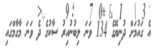
އެ ގައުމަށް ދުނިޔޭގެ 134 ވަނަ ލިބުނުއިރު ސާކުގެ ދެ ވަނަ މާގާމްގައި